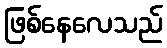
ဖြစ်နေလေသည်